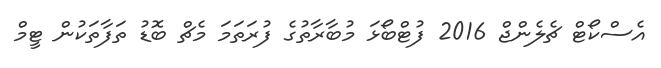
އެސްކޯޓް ޗެލެންޖް 2016 ފުޓްބޯޅަ މުބާރާތުގެ ފުރަތަމަ މެޗް ބޮޑު ތަފާތަކުން ޓީމް